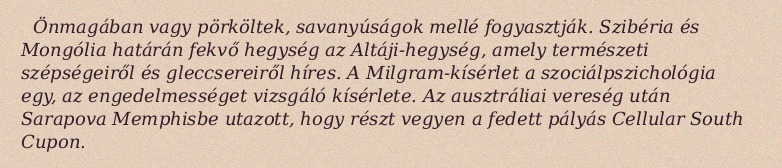
Önmagában vagy pörköltek, savanyúságok mellé fogyasztják. Szibéria és Mongólia határán fekvő hegység az Altáji-hegység, amely természeti szépségeiről és gleccsereiről híres. A Milgram-kísérlet a szociálpszichológia egy, az engedelmességet vizsgáló kísérlete. Az ausztráliai vereség után Sarapova Memphisbe utazott, hogy részt vegyen a fedett pályás Cellular South Cupon.